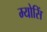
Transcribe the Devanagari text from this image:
म्योसिं